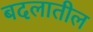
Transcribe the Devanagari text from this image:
बदलातील